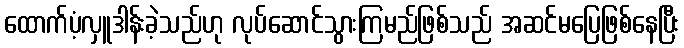
ထောက်ပံ့လှူဒါန်းခဲ့သည်ဟု လုပ်ဆောင်သွားကြမည်ဖြစ်သည် အဆင်မပြေဖြစ်နေပြီး